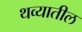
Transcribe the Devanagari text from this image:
थव्यातील